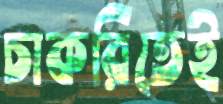
চাকরিতেই